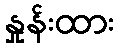
နှုန်းထား